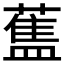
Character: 𰲃